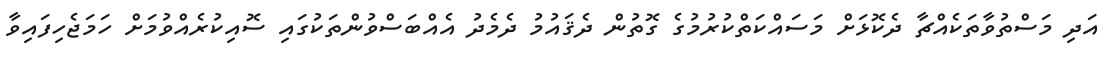
އަދި މަސްތުވާތަކެއްޗާ ދެކޮޅަށް މަސައްކަތްކުރުމުގެ ގޮތުން ދެޤައުމު ދެމެދު އެއްބަސްވުންތަކުގައި ސޮއިކުރެއްވުމަށް ހަމަޖެހިފައިވާ